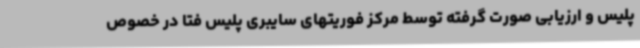
پلیس و ارزیابی صورت گرفته توسط مرکز فوریتهای سایبری پلیس فتا در خصوص